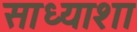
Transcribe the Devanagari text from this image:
साध्याशा